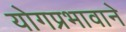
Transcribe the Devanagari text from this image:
योगप्रभावाने